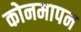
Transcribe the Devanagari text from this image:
कोनमापन